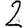
Digit: 2